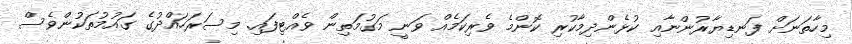
މިހާތަނަށް ފަނޑިޔާރުންނާއި ކުޅެންދިމާކުރި ކޮންމެ ވެރިކަމެއް ވަނީ މަގުމަތިން ވެއްޓިފައި. މިސަރަހައްދުގެ ގައުމުތަކުންވެސް